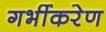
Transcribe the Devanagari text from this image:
गर्भीकरेण